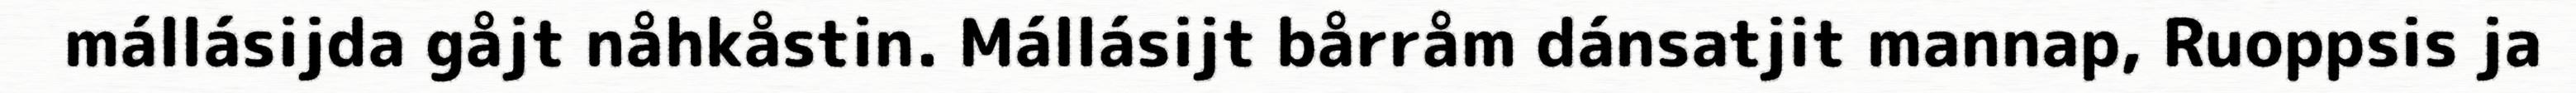
mállásijda gåjt nåhkåstin. Mállásijt bårråm dánsatjit mannap, Ruoppsis ja